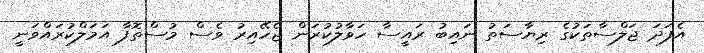
އެފަދަ ޖަލްސާތަކުގެ ރިޔާސަތު ނައިބު ރައީސާ ހަވާލުކުރަން ޖެހޭއިރު ވެސް މުސްތޮފާ އަމަލްކުރައްވަނީ